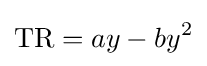
{\text{TR}}=ay-by^{2}